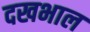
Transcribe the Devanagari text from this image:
दखभाल